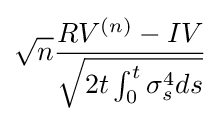
{\sqrt {n}}{\frac {RV^{(n)}-IV}{\sqrt {2t\int _{0}^{t}\sigma _{s}^{4}ds}}}